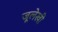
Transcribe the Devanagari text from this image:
जूलेखी